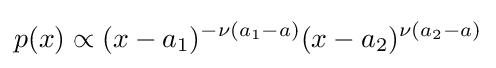
p(x)\propto (x-a_{1})^{-\nu (a_{1}-a)}(x-a_{2})^{\nu (a_{2}-a)}